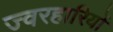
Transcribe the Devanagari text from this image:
ज्वरहारियों